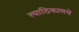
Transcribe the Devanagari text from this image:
त्याठिकाणचे